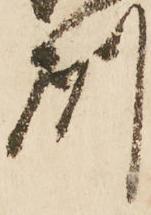
州